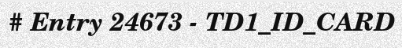
# Entry 24673 - TD1_ID_CARD